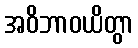
အဝိဘာဝယိတွာ